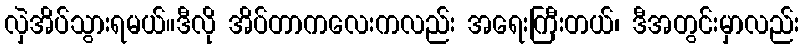
လှဲအိပ်သွားရမယ်။ဒီလို အိပ်တာကလေးကလည်း အရေးကြီးတယ်၊ ဒီအတွင်းမှာလည်း